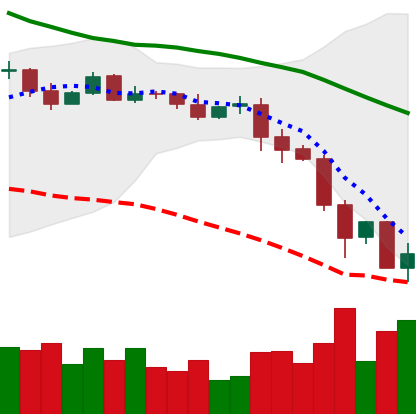
Ticker: EOS-USD
Chart end date: 2019-11-25
Forward return: 8.745%
Label: up_7plus